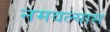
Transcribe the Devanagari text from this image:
नमवल्यास